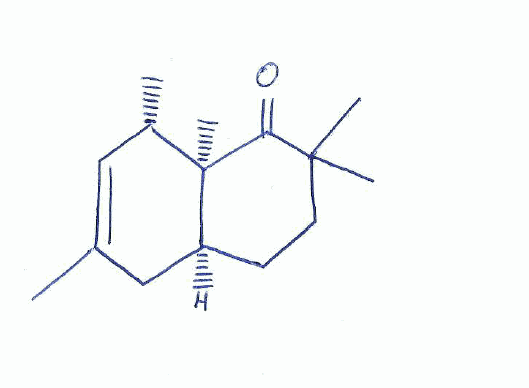
Simplified molecular-input line-entry system (SMILES) notation of the given molecule:
C[C@H]1C=C(C[C@H]2[C@@]1(C(=O)C(CC2)(C)C)C)C